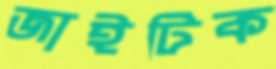
জাইটিক